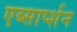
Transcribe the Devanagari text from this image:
एब्सार्प्शन